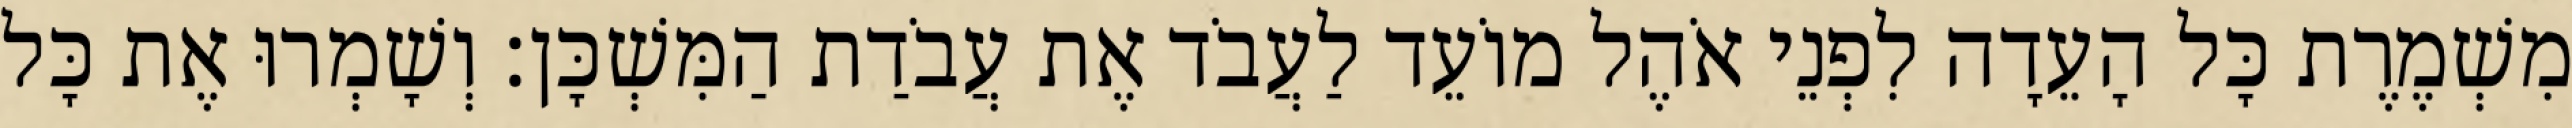
מִשְׁמֶרֶת כָּל הָעֵדָה לִפְנֵי אֹהֶל מוֹעֵד לַעֲבֹד אֶת עֲבֹדַת הַמִּשְׁכָּן׃ וְשָׁמְרוּ אֶת כָּל